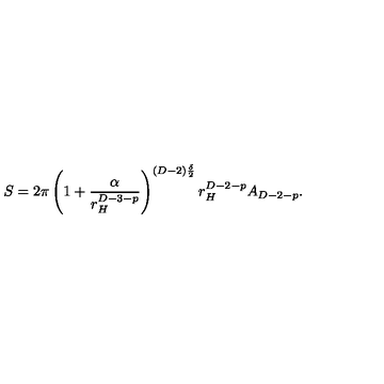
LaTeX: S = 2 \pi \left( 1 + \frac { \alpha } { r _ { H } ^ { D - 3 - p } } \right) ^ { ( D - 2 ) \frac { \delta } { 2 } } r _ { H } ^ { D - 2 - p } A _ { D - 2 - p } .